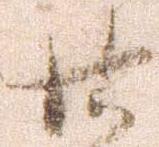
廿